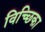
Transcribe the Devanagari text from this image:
विच्छिका